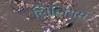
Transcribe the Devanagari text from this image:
लिलियस